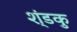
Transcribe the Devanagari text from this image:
श्ंडकु